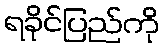
ရခိုင်ပြည်ကို